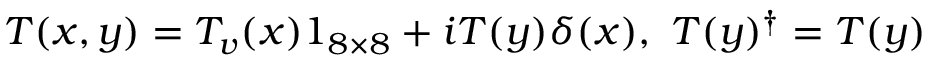
T ( x , y ) = T _ { v } ( x ) 1 _ { 8 \times 8 } + i T ( y ) \delta ( x ) , \ T ( y ) ^ { \dag } = T ( y )